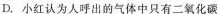
D.小红认为人呼出的气体中只有二氧化碳